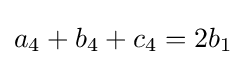
a_{4}+b_{4}+c_{4}=2b_{1}